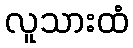
လူသားထံ